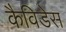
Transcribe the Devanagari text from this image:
कैविडेस